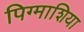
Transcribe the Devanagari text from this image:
पिग्माशिया